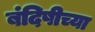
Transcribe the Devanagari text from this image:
बंदिषीच्या